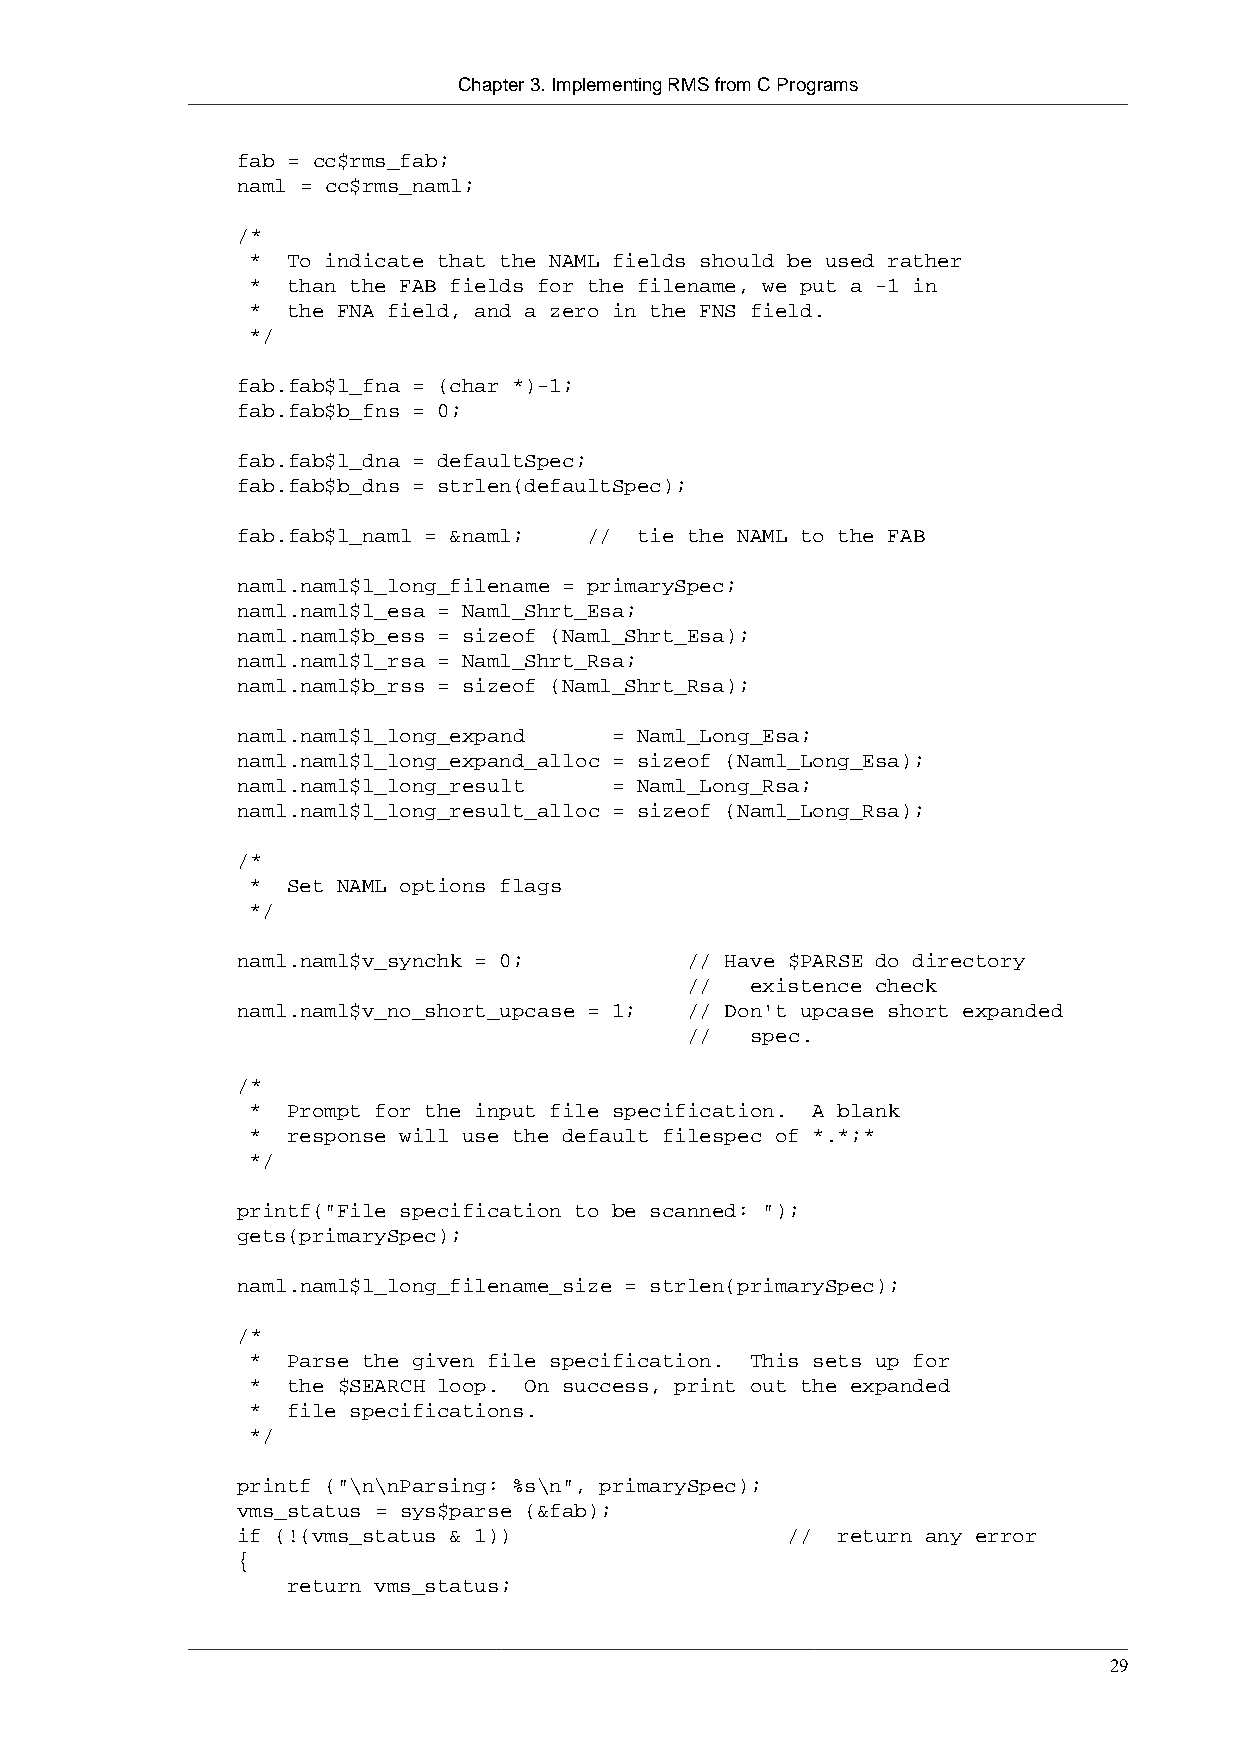
Chapter 3. Implementing RMS from C Programs
 fab = cc$rms_fab;
 naml = cc$rms_naml;
 /*
 * To indicate that the NAML fields should be used rather
 * than the FAB fields for the filename, we put a -1 in
 * the FNA field, and a zero in the FNS field.
 */
 fab.fab$l_fna = (char *)-1;
 fab.fab$b_fns = 0;
 fab.fab$l_dna = defaultSpec;
 fab.fab$b_dns = strlen(defaultSpec);
 fab.fab$l_naml = &naml; // tie the NAML to the FAB
 naml.naml$l_long_filename = primarySpec;
 naml.naml$l_esa = Naml_Shrt_Esa;
 naml.naml$b_ess = sizeof (Naml_Shrt_Esa);
 naml.naml$l_rsa = Naml_Shrt_Rsa;
 naml.naml$b_rss = sizeof (Naml_Shrt_Rsa);
 naml.naml$l_long_expand  = Naml_Long_Esa;
 naml.naml$l_long_expand_alloc = sizeof (Naml_Long_Esa);
 naml.naml$l_long_result  = Naml_Long_Rsa;
 naml.naml$l_long_result_alloc = sizeof (Naml_Long_Rsa);
 /*
 * Set NAML options flags
 */
 naml.naml$v_synchk = 0;       // Have $PARSE do directory
 //  existence check
 naml.naml$v_no_short_upcase = 1; // Don't upcase short expanded
 //  spec.
 /*
 * Prompt for the input file specification. A blank
 * response will use the default filespec of *.*;*
 */
 printf("File specification to be scanned: ");
 gets(primarySpec);
 naml.naml$l_long_filename_size = strlen(primarySpec);
 /*
 * Parse the given file specification. This sets up for
 * the $SEARCH loop. On success, print out the expanded
 * file specifications.
 */
 printf ("\n\nParsing: %s\n", primarySpec);
 vms_status = sys$parse (&fab);
 if (!(vms_status & 1))              // return any error
 {
 return vms_status;
 29